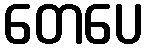
တေပေ